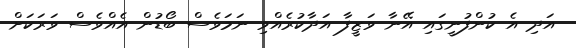
އަދި އެ ކުންފުނީގައި އޭނާ ވަޒީފާ އަދާކުރެއްވި ނަމަވެސް ބޯޑުން އެއްވެސް ވަރަކަށް